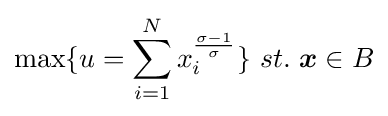
\max\{u=\sum _{i=1}^{N}x_{i}^{\frac {\sigma -1}{\sigma }}\}\ st.\ {\boldsymbol {x}}\in B